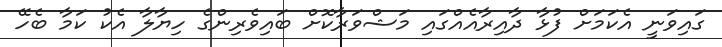
ގައިވަނީ އެކަމަށް ފުޅާ ދާއިރާއެއްގައި މަޝްވަރާކޮށް ބައިވެރިންގެ ހިޔާލާ އެކު ކަމާ ބެހޭ